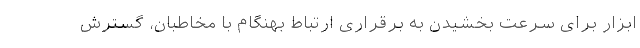
ابزار برای سرعت بخشیدن به برقراری ارتباط بهنگام با مخاطبان، گسترش